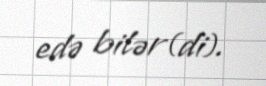
edə bilər(di).